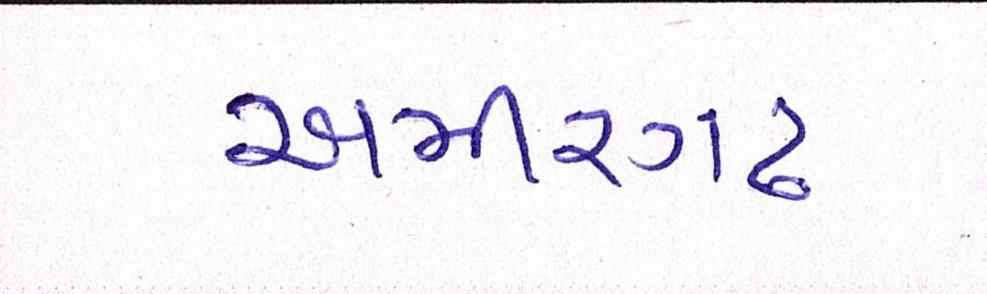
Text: અમીરગઢ